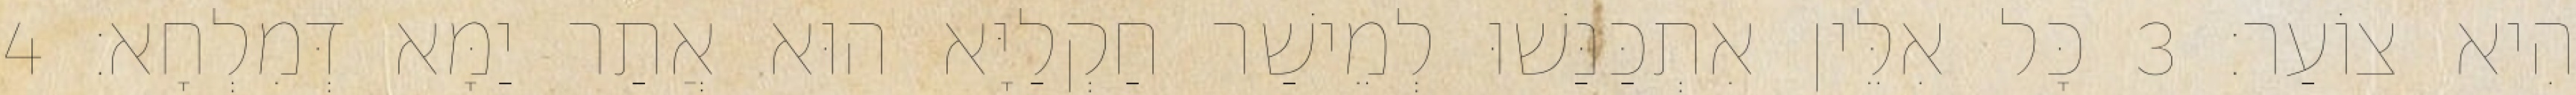
הִיא צוֹעַר׃ 3 כָּל אִלֵּין אִתְכַּנַּשׁוּ לְמֵישַׁר חַקְלַיָּא הוּא אֲתַר יַמָּא דְּמִלְחָא׃ 4